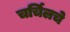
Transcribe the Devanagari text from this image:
चर्चिलचे